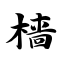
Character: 樯